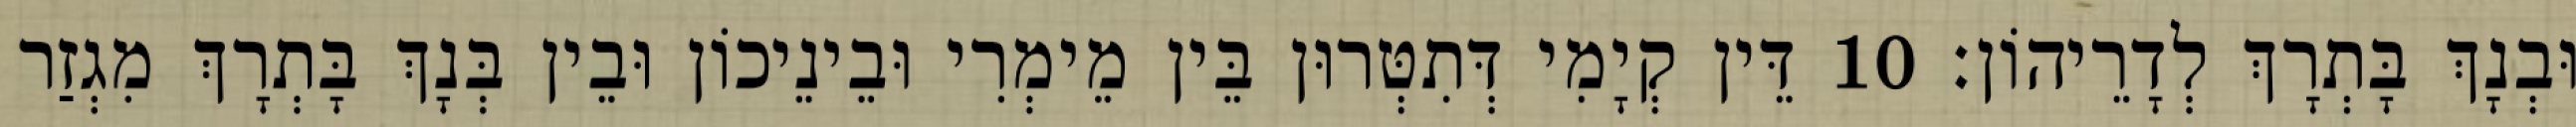
וּבְנָךְ בָּתְרָךְ לְדָרֵיהוֹן׃ 10 דֵּין קְיָמִי דְּתִטְּרוּן בֵּין מֵימְרִי וּבֵינֵיכוֹן וּבֵין בְּנָךְ בָּתְרָךְ מִגְזַר